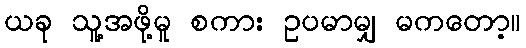
ယခု သူ့အဖို့မူ စကား ဥပမာမျှ မကတော့။